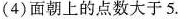
(4)面朝上的点数大于5.